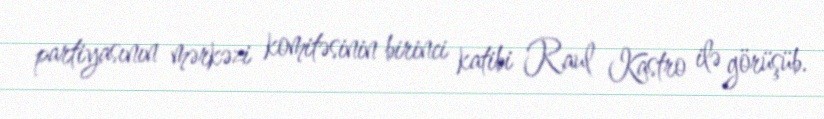
partiyasının mərkəzi komitəsinin birinci katibi Raul Kastro ilə görüşüb.